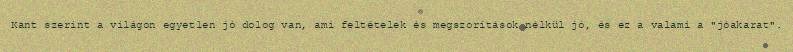
Kant szerint a világon egyetlen jó dolog van, ami feltételek és megszorítások nélkül jó, és ez a valami a "jóakarat".